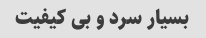
بسیار سرد و بی کیفیت